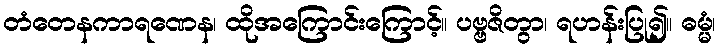
တံတေနကာရဏေန၊ ထိုအကြောင်းကြောင့်။ ပဗ္ဗဇိတွာ၊ ရဟန်းပြု၍။ ဓမ္မံ၊